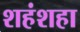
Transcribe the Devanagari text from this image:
शहंशहा